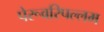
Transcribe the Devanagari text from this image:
पेरूवरिपल्लम